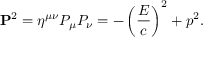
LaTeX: \mathbf { P } ^ { 2 } = \eta ^ { \mu \nu } P _ { \mu } P _ { \nu } = - \left( { \frac { E } { c } } \right) ^ { 2 } + p ^ { 2 } .